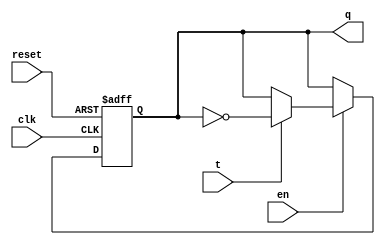
`timescale 1ns / 1ps
//////////////////////////////////////////////////////////////////////////////////
// Company: 
// Engineer: 
// 
// Design Name: 
// Module Name: T_FlipFlop
// Project Name: 
// Target Devices: 
// Tool Versions: 
// Description: 
// 
// Dependencies: 
// 
// Revision:
// Revision 0.01 - File Created
// Additional Comments:
// Author Fatima Zehra Alvi
//////////////////////////////////////////////////////////////////////////////////


module T_FlipFlop(q, clk, t, reset, en);
input clk, t, reset, en;
output reg q;

always@ (posedge clk, posedge reset)
begin
 
    if (reset )
    q <= 1'b0;
    else if (en==1'b0)
    q <= q;
     else if (t== 0)
     q <= q;
     else if (t== 1)
     q <= ~q;
     else 
     q <= q;
end
endmodule